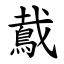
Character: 䳒